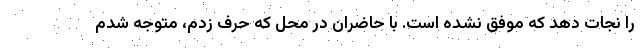
را نجات دهد که موفق نشده است. با حاضران در محل که حرف زدم، متوجه شدم